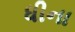
ધીના